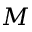
M